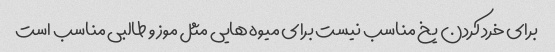
برای خرد کردن یخ مناسب نیست برای میوه هایی مثل موز و طالبی مناسب است